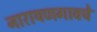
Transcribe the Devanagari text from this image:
नारायणगावचे